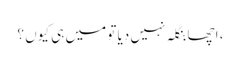
، اچھا بنگلہ نہیں دیا تو میں ہی کیوں ؟